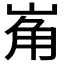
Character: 𱛮